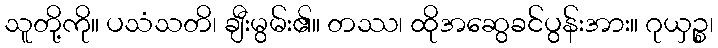
သူတို့ကို။ ပသံသတိ၊ ချီးမွမ်း၏။ တဿ၊ ထိုအဆွေခင်ပွန်းအား။ ဂုယှဉ္စ၊